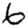
Digit: 6